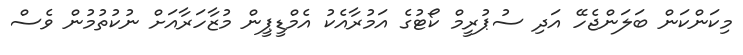
މިކަންކަން ބަލަންޖެހޭ އަދި ސުޕުރީމް ކޯޓުގެ އަމުރާއެކު އެމްޑީޕީން މުޒާހަރާއަށް ނުކުތުމުން ވެސް